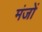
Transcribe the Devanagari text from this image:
मंजों